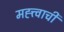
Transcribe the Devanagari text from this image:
मह्त्त्वाची